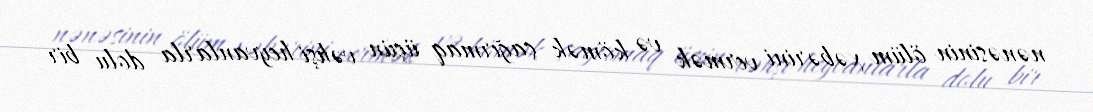
nənəsinin ölüm xəbərini vermək və kömək çağırmaq üçün vəhşi heyvanlarla dolu bir